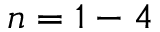
n = 1 - 4